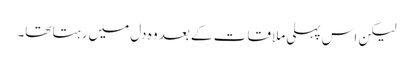
لیکن اس پہلی ملاقات کے بعد وہ دل میں رہتا تھا۔